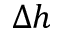
\Delta h